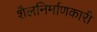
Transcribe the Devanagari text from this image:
शैलनिर्माणकारी